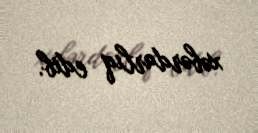
xəbərdarlıq edib.